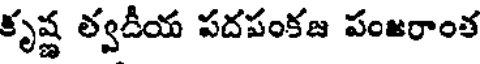
కృష్ణ త్వదీయ పదపంకజ పంజరాంత